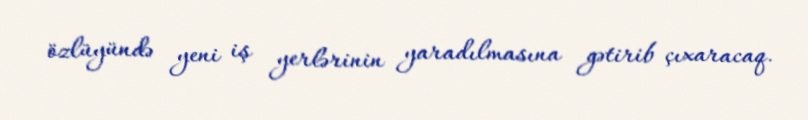
özlüyündə yeni iş yerlərinin yaradılmasına gətirib çıxaracaq.